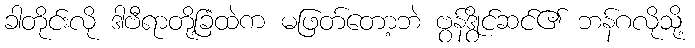
ခါတိုင်းလို ဒါဗီရာတို့ခြံထဲက မဖြတ်တော့ဘဲ ဗွန်ဒွိုင်ဆင်၏ ဘန်ဂလိုသို့